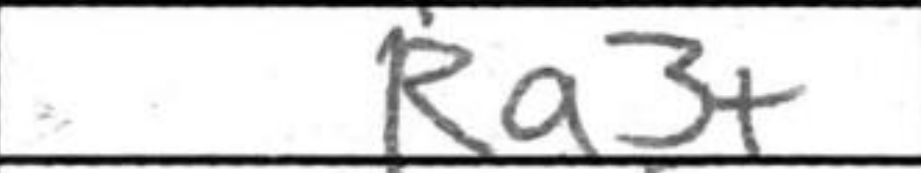
Transcription: Ra3+